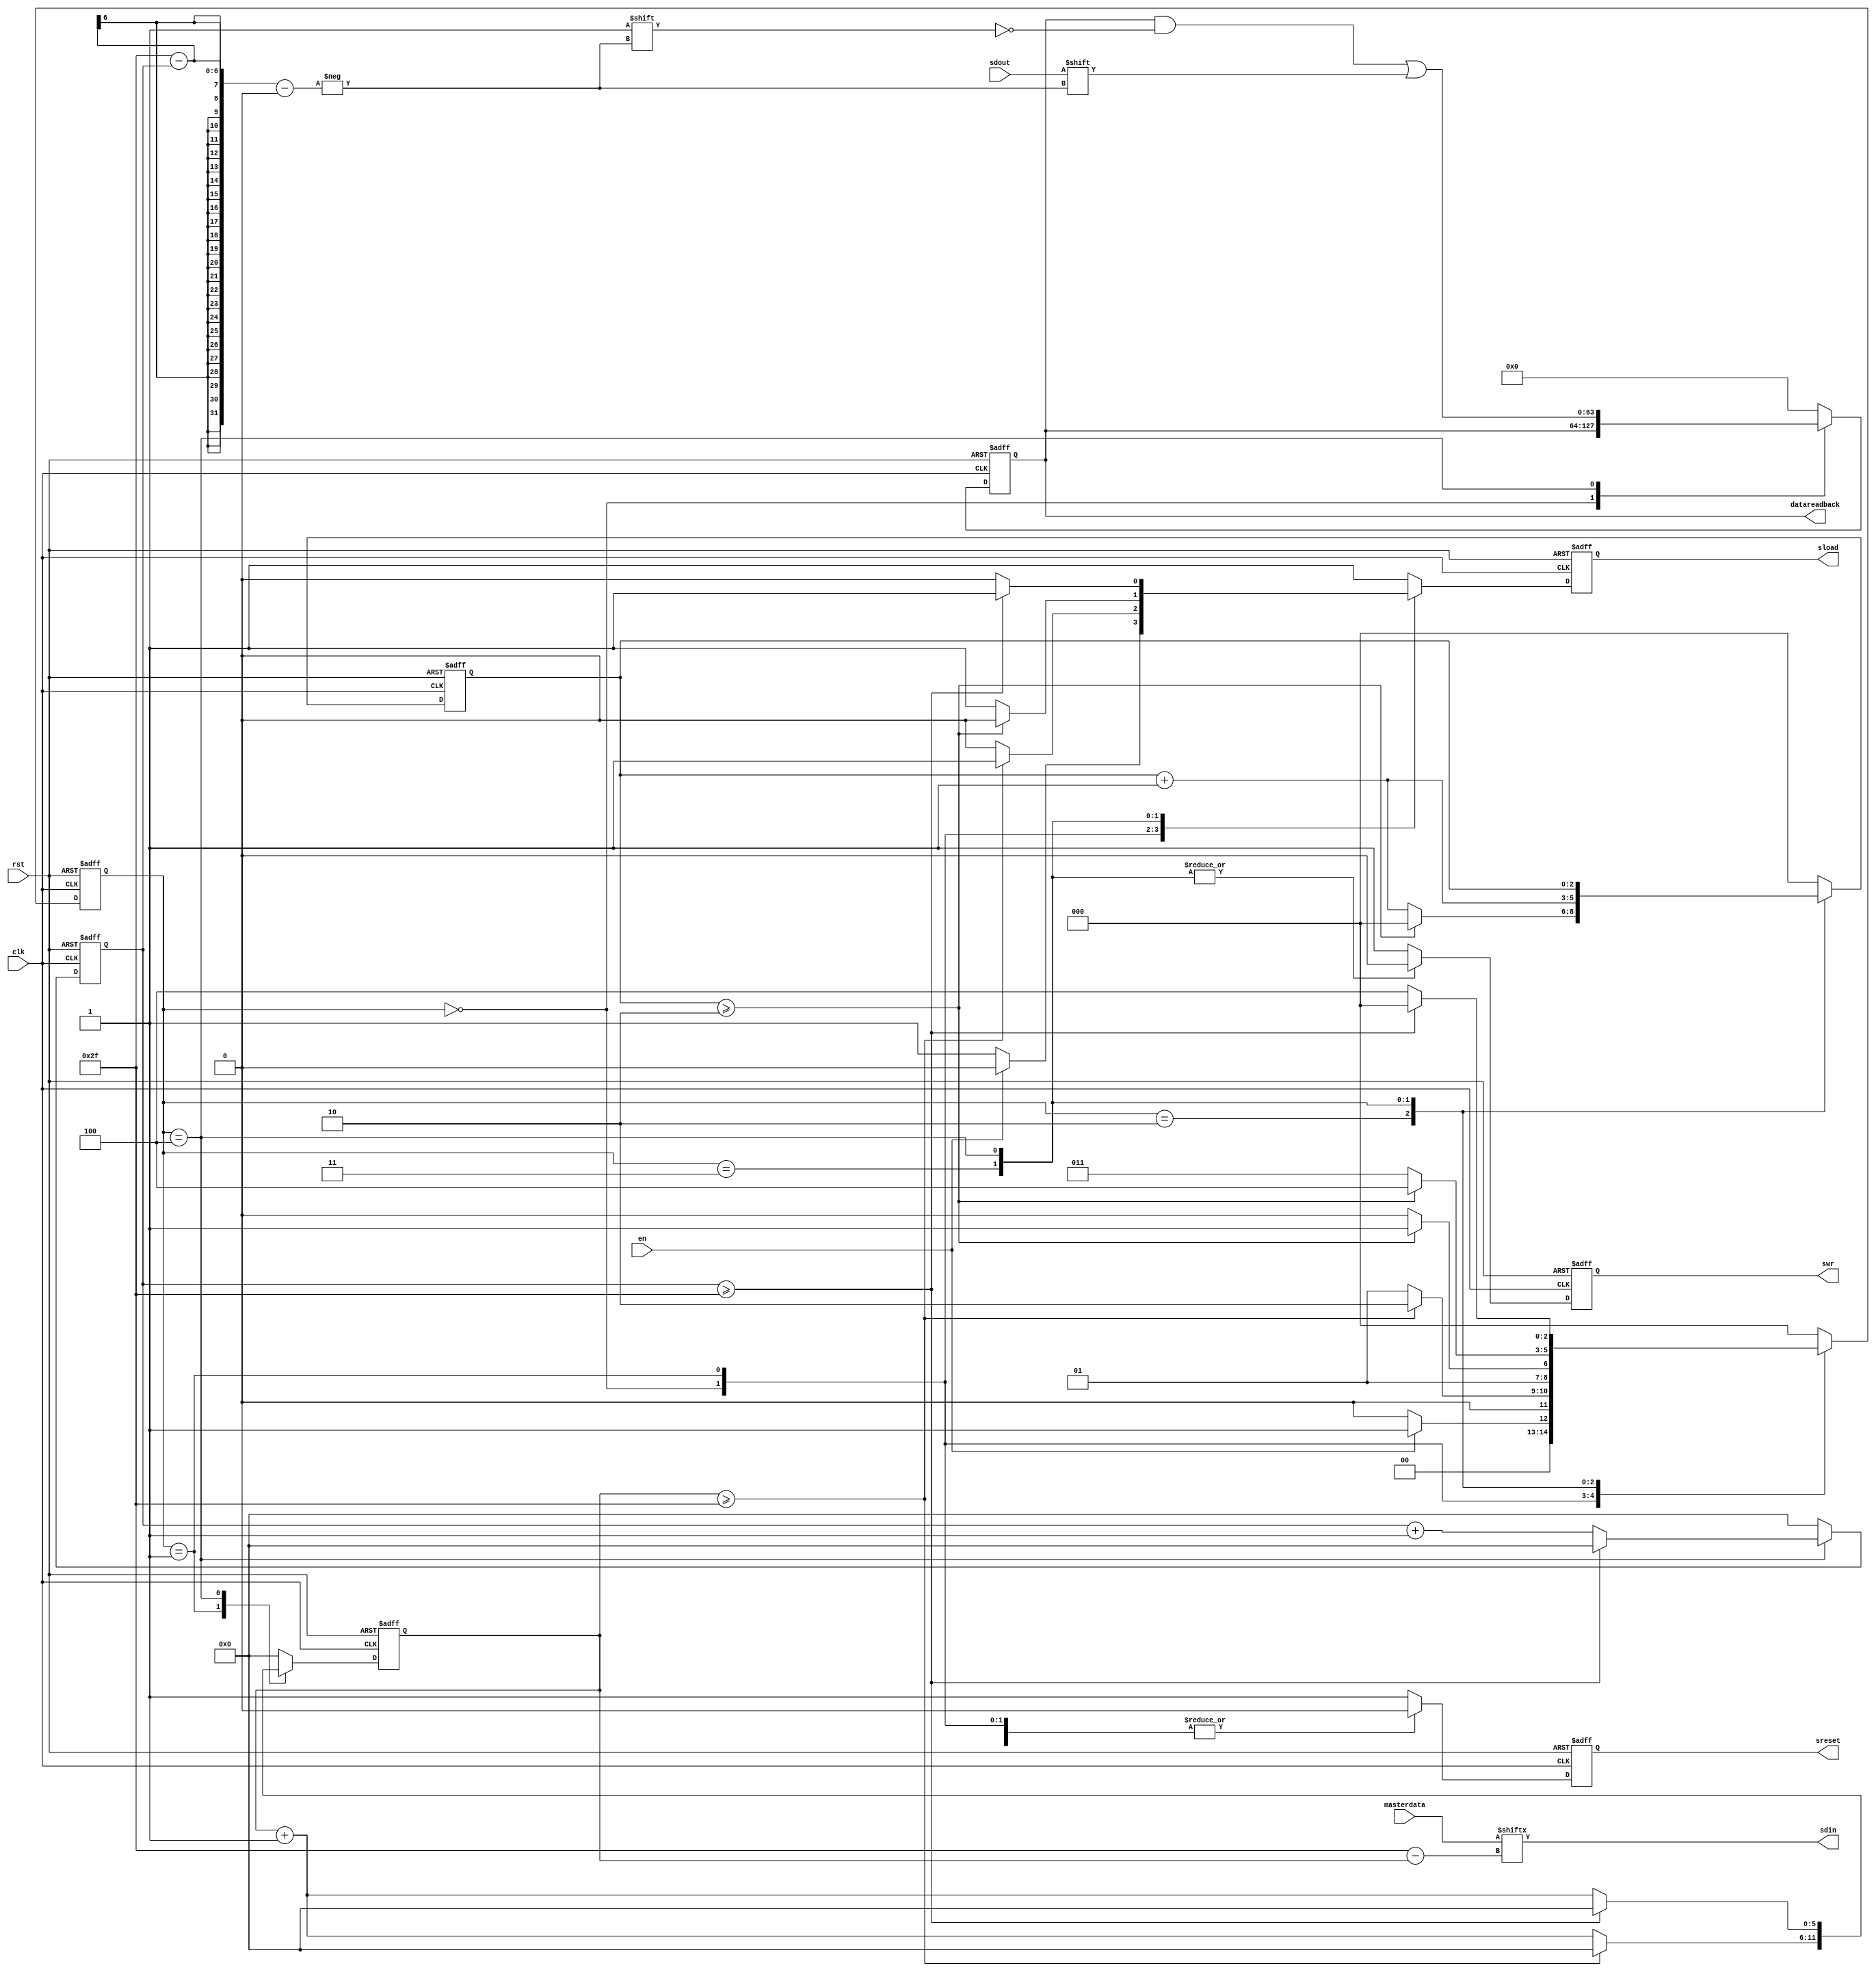
`timescale 1ns / 1ps
//////////////////////////////////////////////////////////////////////////////////
// Company: 
// 
// Design Name: 
// Module Name:    SPI_write 
// Project Name: 	
// Target Devices: 
// Tool versions: 
// Description: 	This is the SPI_write master for the clunky SPI slave that was synthesized on the probeshank
//It works now!
//
//////////////////////////////////////////////////////////////////////////////////
//AT: v2 changes to make it work with 0107_SPI_00_MOM5_phy.v

//Removed SCLK and ce_SCLK to always be on (dont gate the clock)
//SLOAD is always high until transfer initiates
//Transfer initiation (LOAD=0) is on the moment when the state variable changes
//That way the next SCLK rising edge latches in the correct variable

//Changed all the counters to be outside the state change if statement
//Added an intermediate state that transfers the data (load =1, swr 1 -> 0)
//Added the MOSI while reading out, so the data into the chip is not reset
//Had to make the SDOUT assignment non-combinatorial inside the case statement 

//The bit orders are reversed in the shift, so I changed sdin = masterdata[NDATA-1-datawr_cnt]  

//Some other notes:
//FPGA is master, chip is slave

//SDOUT == MISO
//SDIN == MOSI
//SLOAD == SSELB
//SCLK should always be on
//When you are reading out data, you should still be shifting in data


//Timing diagram for MOSI
//SRESET = 0
//Preset WR = 1
//LOAD = 1
//When SRESET = 0, LOAD = 0, vector shifts records data via DIN on each rising edge of SCLK
//Then, LOAD = 1, the data is presented on the output data



//Timing diagram for MISO
//SRESET = 0
//Preset WR = 0
//LOAD = 1, the data is presented to the shift register
//When SRESET = 0, LOAD = 0, vector shifts onto DOUT on each rising edge
//Then, LOAD = 1, the data transfer is done



module SPI_write_atv2 (
//inputs
en,
masterdata,
clk,
rst,
sdout,

//outputs
swr,
sdin,
sload,
sreset,
datareadback
);

parameter NDATA = 48;
parameter STATE_IDLE = 0;
parameter STATE_SHIFT = 1;
parameter STATE_LOAD = 2;
parameter STATE_LOAD_TRANSFER = 3;
parameter STATE_SHIFT_READ = 4;

parameter LOAD_WAIT = 3'b010;

input en;
input [63:0] masterdata;
input clk;
input rst;
input sdout; //MISO

output reg swr;
output wire sdin; //MOSI
output reg sload;
output reg sreset;
output reg [63:0] datareadback; 

reg [5:0] datawr_cnt;
reg [5:0] datard_cnt;
reg [2:0] state;
reg [2:0] load_cnt;

//combinatorial logic
assign sdin = masterdata[NDATA-1-datawr_cnt]; 

//sequential logic
always @ (posedge (clk) or posedge (rst)) begin
	if(rst) begin
		//outputs
		swr <= 1'b1;
		sload <= 1'b1; 		//load always high until transfer initiates
		sreset <= 1'b1;
		datareadback <= 63'b0;
		
		//internals
		load_cnt <= 0;
		datawr_cnt <= 0;
		datard_cnt <= 0;
		
		//state
		state <= STATE_IDLE;
		
	end
	else begin
		case (state)
			STATE_IDLE : begin
				//outputs
				swr <= 1'b1;		//MOSI 
				sload <= 1'b1;		//load high
				sreset <= 1'b0;
				
				//internals
				load_cnt <= 0;
				datawr_cnt <= 0;
				datard_cnt <= 0;
				
				//state
				if (en==1'b1) begin 			//enable can be a single clk cycle high trigger 
					state <= STATE_SHIFT;
					sload <= 1'b0;				//load low starts the transfer, this makes sure the first bit is clocked in correctly
				end else begin
					state <= STATE_IDLE;
				end
			end
			
			
			
			STATE_SHIFT : begin
				//outputs
				swr <= 1'b1;
				datareadback <= 63'b0;
				sload <= 1'b0;					//load low starts the transfer
				sreset <= 1'b0;
				
				//internals
				load_cnt <= 0;
				datard_cnt <= 0;
				datawr_cnt <= datawr_cnt + 1;
				
				//state
				if(datawr_cnt >= (NDATA-1)) begin
					state <= STATE_LOAD;
					sload <= 1'b1;				//load high ends the transfer
					datawr_cnt <= 0;
					datard_cnt <= 0;
				end else begin
					state <= STATE_SHIFT;
				end
			end
			
			
			STATE_LOAD : begin
				//outputs
				swr <= 1'b1;
				datareadback <= 63'b0;
				sload <= 1'b1;					//assert load to finish the transfer, this also allows readback of data
				sreset <= 1'b0;
				
				//internals
				datawr_cnt <= 0;	//reset otherwise 'U'
				datard_cnt <= 0;
				load_cnt <= load_cnt + 1;
				
				//state			
				if(load_cnt >= LOAD_WAIT) begin
					state <= STATE_LOAD_TRANSFER;
					load_cnt <= 0;
				end else begin	
					state <= STATE_LOAD;
				end			
			end
					
			
			STATE_LOAD_TRANSFER : begin
				//outputs
				sload <= 1'b1; 						//load always high until transfer initiates
				sreset <= 1'b0;
				datareadback <= 63'b0;				
				swr <= 1'b0;							//preset WR = 0, transfers data into readback shift register
				
				//internals
				datard_cnt <= 0;
				datawr_cnt <= 0;						//reset the counter
				load_cnt <= load_cnt + 1;
				
				//state			
				if(load_cnt >= LOAD_WAIT) begin
					state <= STATE_SHIFT_READ;
					sload <= 1'b0;				//load low starts the transfer, this makes sure the first bit is clocked in correctly
				end else begin	
					state <= STATE_LOAD_TRANSFER;
				end
			end
			
			
			STATE_SHIFT_READ : begin
				//outputs
				sload <= 1'b0;	 		//load goes low initiating transfer
				sreset <= 1'b0;
				swr <= 1'b0;
				
				//internals
				datawr_cnt <= datawr_cnt + 1;			//keep on transfering, otherwise it will reset to a constant value on SDIN
				datard_cnt <= datard_cnt + 1;
				
//				datareadback[datard_cnt] <= sdout;  //this has to be here because it throws a compilation error otherwise
				datareadback[NDATA-1-datard_cnt] <= sdout;  //this has to be here because it throws a compilation error otherwise
				
				//state
				if(datard_cnt >= (NDATA-1)) begin
					state <= STATE_IDLE;
					sload <= 1'b1;				//load high ends the transfer
					datawr_cnt <= 0;
					datard_cnt <= 0;
				end else begin
					state <= STATE_SHIFT_READ;
				end
			end

			
			default: begin
				//outputs
				swr <= 1'b1;
				datareadback <= 63'b0;
				sload <= 1'b1;
				sreset <=1'b1;
				
				//internals
				load_cnt <= 0;
				datawr_cnt <= 0;
				datard_cnt <= 0;
				
				//state
				state <= STATE_IDLE;
			end	
			
		endcase
	end
end
endmodule